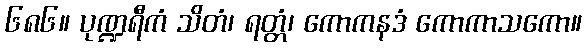
၆၈၆။ ပုဏ္ဍရီကံ သိတံ၊ ရတ္တံ၊ ကောကနဒံ ကောကာသကော။